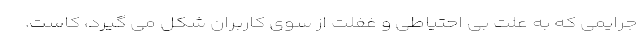
جرایمی که به علت بی احتیاطی و غفلت از سوی کاربران شکل می گیرد، کاست.